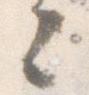
々